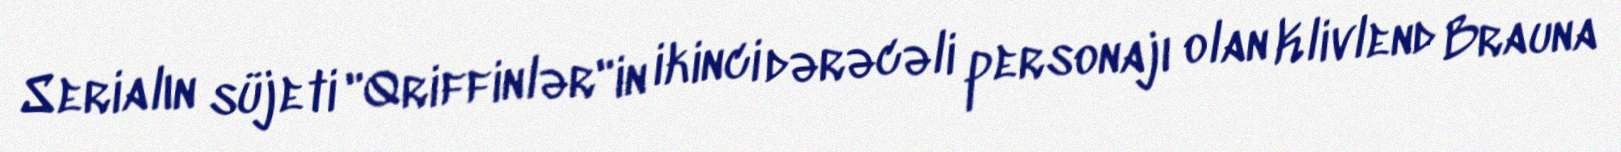
Serialın süjeti "Qriffinlər"in ikinci dərəcəli personajı olan Klivlend Brauna